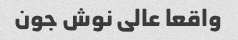
واقعا عالی نوش جون